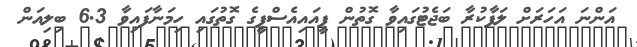
އަންނަ އަހަރަށް ލަފާކުރާ ބަޖެޓުގައިވާ ގޮތުން ޕީއައިއެސްޕީގެ ގޮތުގައި ހިމަނާފައިވާ 6.3 ބިލިއަން